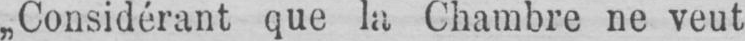
„Considérant que la Chambre ne veut